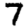
Digit: 7